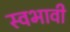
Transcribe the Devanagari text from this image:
स्वभावी